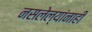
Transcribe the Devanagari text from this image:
नसलेल्यांनाही